Report on vaccination in Madras 1904-1921 - 1904-1921
Year: 1904
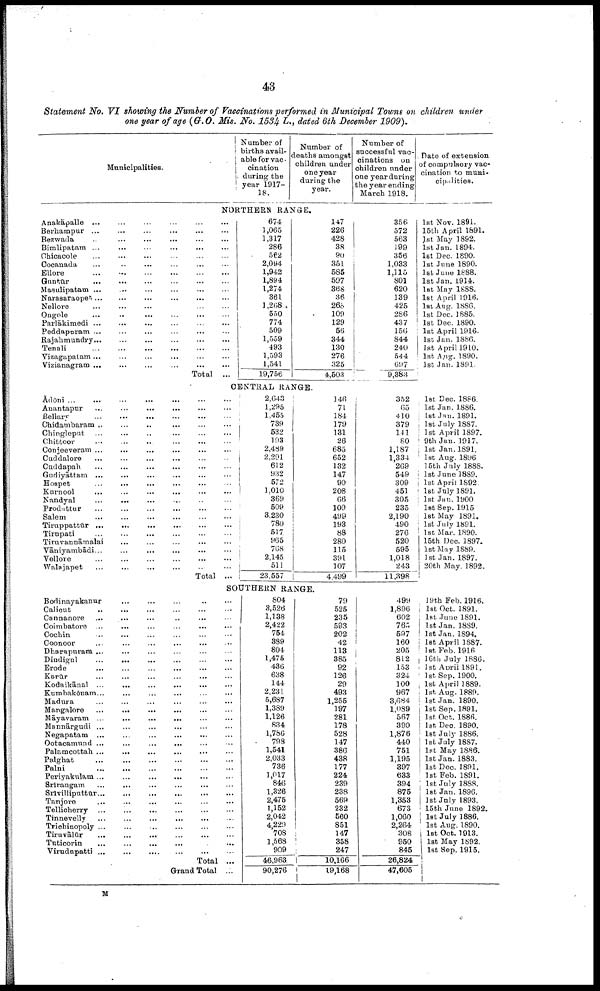
43
Statement No. VI showing the Number of Vaccinations performed in Municipal Towns on children under
one year of age (G.O. Mis. No. 1534 L., dated 6th December 1909).
Municipalities.
Number of
births avail
able for vac¬
cination
during the
year 1917-
18.
Number of
deaths amongst
children under
one year
during the
year.
Number of
successful vac
cinations on
children under
one year during
the year ending
March 1918.
Date of extension
of compulsory vac
cination to muni¬
cipalities.
NORTHERN RANGE.
Anakāpalle ... ... ... ... ... ...
Berhampur
...
...
...
...
...
...
Bezwada ... ... ... ... ... ...
Bimlipatam
...
...
...
...
...
...
Chicacole
...
...
...
...
...
...
Cocanada ... ... ... ... ... ...
Ellore
...
...
...
...
...
...
Guntūr ... ... ... ... ... ...
Masulipatam ...
...
...
...
...
...
Narasaraopet ... ... ... ... ... ...
Nellore ... ... ... ... ... ...
Ongole
...
...
...
...
...
...
Parlākimedi
...
...
...
...
...
...
Peddapuram
...
...
...
...
...
...
Rajahmundry
...
...
...
...
...
...
Tenali
...
...
...
...
...
...
Vizagapatam ... ... ... ... ... ...
Vizianagram
...
...
...
...
...
...
Total ...
674
1,065
1,317
286
562
2,094
1,942
1,894
1,274
361
1,268
550
774
509
1,559
493
1,593
1,541
19,756
147
226
428
38
90
351
585
597
368
36
268
109
129
56
344
130
276
325
4,503
356
572
563
199
356
1,033
1,115
801
620
139
425
286
437
156
844
240
544
697
9,388
1st Nov. 1891.
15th April 1891.
1st May 1892.
1st Jan. 1894.
1st Dec. 1890.
1st June 1890.
1st June 1888.
1st Jan. 1914.
1st May 1888.
1st April 1916.
1st Aug. 1886.
1st Dec. 1885.
1st Dec. 1890.
1st April 1916.
1st Jan. 1886.
1st April 1910.
1st Aug. 1890.
1st Jan. 1891.
CENTRAL RANGE.
Ādōni ... ... ... ... ... ...
Anantapur
...
...
...
...
...
...
Bellary ... ... ... ... ... ...
Chidambaram ... ... ... ... ... ...
Chingleput ... ... ... ... ... ...
Chittoor ... ... ... ... ... ...
Conjeeveram ... ... ... ... ... ...
Cuddalore ... ... ... ... ... ...
Cuddapah ... ... ... ... ... ...
Gadiyāttam ... ... ... ... ... ...
Hospet ... ... ... ... ... ...
Karnool ... ... ... ... ... ...
Nandyal ... ... ... ... ... ...
Prodattur ... ... ... ... ... ...
Salem
...
...
...
...
...
...
Tiruppattūr ... ... ... ... ... ...
Tirupati
...
...
...
...
...
...
Tiruvannāmalai ... ... ... ... ... ...
Vāniyambādi ... ... ... ... ... ...
Vellore
...
...
...
...
...
...
Walajapet ... ... ... ... ... ...
Total ...
2,643
1,295
1,455
739
532
193
2,489
2,291
612
932
572
1,010
369
509
3,230
780
517
965
768
2,145
511
23,557
146
71
184
179
131
26
685
652
132
147
90
208
66
109
499
193
88
280
115
391
107
4,499
352
65
410
379
141
80
1,187
1,334
269
549
309
451
305
235
2,190
490
276
520
595
1,018
243
11,398
1st Dec. 1886.
1st Jan. 1886.
1st Jan. 1891.
1st July 1887.
1st April 1897.
9th Jan. 1917.
1st Jan. 1891.
1st Aug. 1896
15th July 1888.
1st June 1889.
1st April 1892.
1st July 1891.
1st Jan. 1900
1st Sep. 1915
1st May 1891.
1st July 1891.
1st Mar. 1890.
15th Dec. 1897.
1st May 1889.
1st Jan. 1897.
20th May. 1892.
SOUTHERN RANGE.
Bodinayakanur
...
...
...
...
...
Calicut ... ... ... ... ... ...
Cannanore ... ... ... ... ... ...
Coimbatore ... ... ... ... ... ...
Cochin ... ... ... ... ... ...
Coonoor ... ... ... ... ... ...
Dharapurana ... ... ... ... ... ...
Dindigul ... ... ... ... ... ...
Erode ... ... ... ... ... ...
Karūr
...
...
...
...
...
...
Kodaikānal ... ... ... ... ... ...
Kumbakōnam ... ... ... ... ... ...
Madura ... ... ... ... ... ...
Mangalore ... ... ... ... ... ...
Māyavaram ... ... ... ... ... ...
Mannārgudi ... ... ... ... ... ...
Negapatam ... ... ... ... ... ...
Ootacamund ... ... ... ... ... ...
Palamcottah ...
... ... ... ... ...
Palghat
...
...
...
...
...
...
Palni
...
...
...
...
...
...
Periyakulam ... ... ... ... ... ...
Srīrangam
...
...
...
...
...
...
Srīvilliputtūr
...
...
...
...
...
...
Tanjore
...
...
...
...
...
...
Tellicherry ... ... ... ... ... ...
Tinnevelly
...
...
...
...
...
...
Trichinopoly ...
...
...
...
...
...
Tiruvālūr
...
...
...
...
...
...
Tuticorin ... ... ... ... ... ...
Virudupatti ... ... ... ... ... ...
Total ...
Grand Total ...
804
3,526
1,138
2,422
754
389
804
1,475
436
638
144
2,231
5,687
1,389
1,126
834
1,786
798
1,541
2,033
736
1,017
846
1,326
2,475
1,152
2,042
4,229 708
1,568
909
46,963.
90,276
79
525
235
593
202
42
113
385
92
126
29
493
1,255
197
281
178
528
147
386
438
177
224
239
238
569
232
560
851
147
358
247
10,166
19,168
499
1,896
602
765
597
160
205
812
153
324
100
967
3,684
1,089
567
390
1,876
440
751
1,195
397
633
394
875
1,353
673
1,060
2,264
308
950
845
26,824
47,605
19th Feb. 1916.
1st Oct. 1891.
1st June 1891.
1st Jan. 1889.
1st Jan. 1894.
1st April 1887.
1st Feb. 1916
16th July 1886.
1st April 1891.
1st Sep. 1900.
1st April 1889.
1st Aug. 1889.
1st Jan. 1890.
1st Sep. 1891.
1st Oct. 1886.
1st Dec. 1890.
1st July 1886.
1st July 1887.
1st May 1886.
1st Jan. 1883.
1st Dec. 1891.
1st Feb. 1891.
1st July 1888.
1st Jan. 1896.
1st July 1893.
15th June 1892.
1st July 1886.
1st Aug. 1890.
1st Oct. 1913.
1st May 1892.
1st Sep. 1915.
M